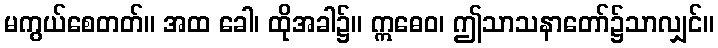
မကွယ်စေတတ်။ အထ ခေါ၊ ထိုအခါ၌။ ဣဓေဝ၊ ဤသာသနာတော်၌သာလျှင်။